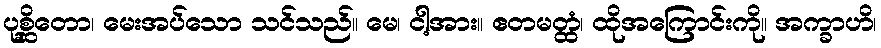
ပုစ္ဆိတော၊ မေးအပ်သော သင်သည်။ မေ၊ ငါ့အား။ ဧတမတ္ထံ၊ ထိုအကြောင်းကို။ အက္ခာဟိ၊